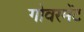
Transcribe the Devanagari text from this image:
गोवरमेंट